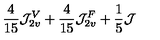
\frac { 4 } { 1 5 } { \cal J } _ { 2 v } ^ { V } + \frac { 4 } { 1 5 } { \cal J } _ { 2 v } ^ { F } + { \frac { 1 } { 5 } } { \cal J }